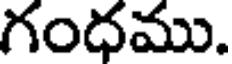
గంధము.